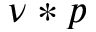
\nu \ast p